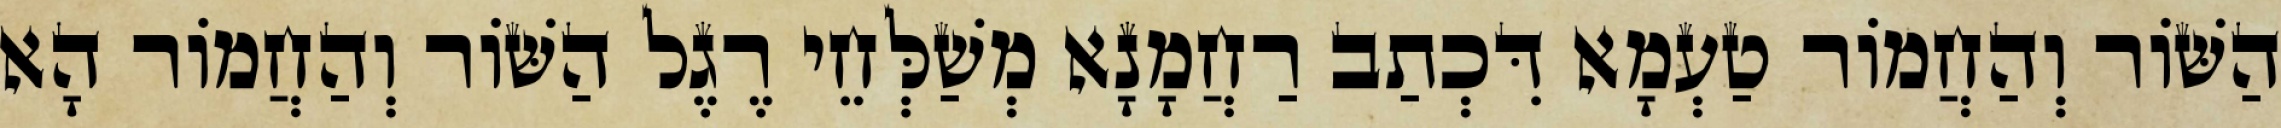
הַשּׁוֹר וְהַחֲמוֹר טַעְמָא דִּכְתַב רַחֲמָנָא מְשַׁלְּחֵי רֶגֶל הַשּׁוֹר וְהַחֲמוֹר הָא